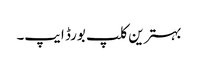
بہترین کلپ بورڈ ایپ۔